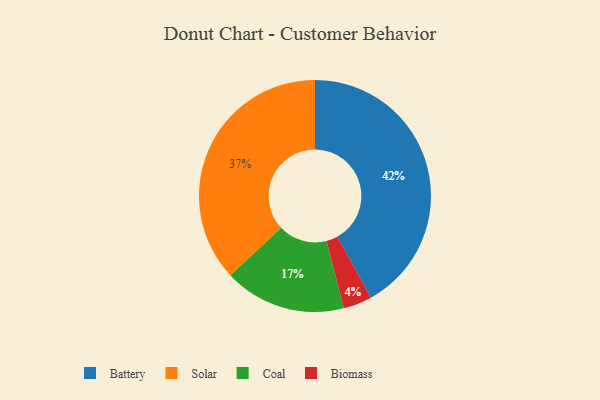
{"axis": {"x": "Category", "y": "Percentage"}, "legend": ["Battery", "Biomass", "Coal", "Solar"], "data": [{"x": "Coal", "y": 17, "type": "Coal"}, {"x": "Solar", "y": 37, "type": "Solar"}, {"x": "Battery", "y": 42, "type": "Battery"}, {"x": "Biomass", "y": 4, "type": "Biomass"}]}